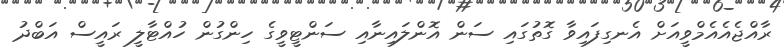
ރާއްޖެއެއެމްވީއަށް އެނގިފައިވާ ގޮތުގައި ސަން އޮންލައިނާއި ސަންޓީވީގެ ހިންގުން ހުއްޓާލީ ރައީސް އަބްދު